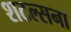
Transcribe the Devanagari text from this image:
शटल्सना